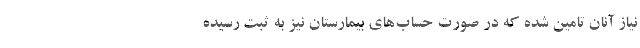
نیاز آنان تامین شده که در صورت حساب‌های بیمارستان نیز به ثبت رسیده